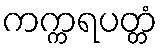
ကက္ကရပတ္တံ